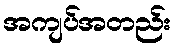
အကျပ်အတည်း